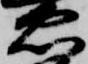
忠